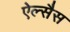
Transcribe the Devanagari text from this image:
ऐल्सैस